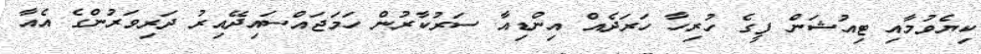
ކިޔެވުމާއި ޓިއުޝަން ފީގެ ހުރިހާ ހަރަދެއް އިންޑިއާ ސަރުކާރުން ހަމަޖައްސައިދޭއިރު ދަރިވަރުންގެ އެއާ